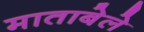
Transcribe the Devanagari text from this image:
माताबेले